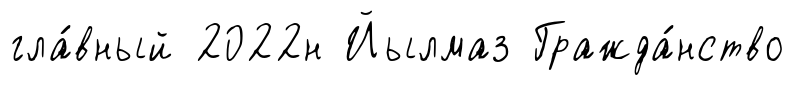
гла́вный 2022н Йылмаз Гражда́нство